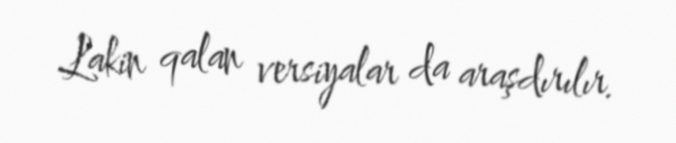
Lakin qalan versiyalar da araşdırılır.